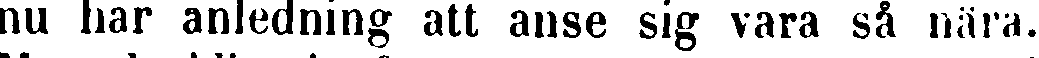
nu har anledning att anse sig vara så nära.